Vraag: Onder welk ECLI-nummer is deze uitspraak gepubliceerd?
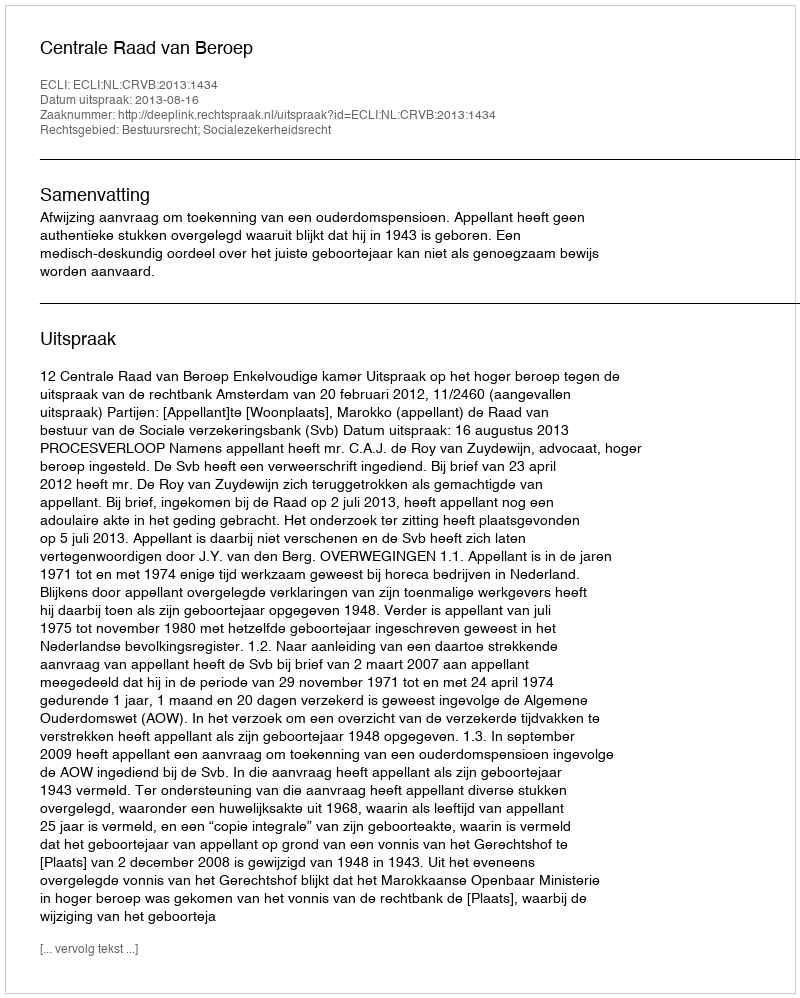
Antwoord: ECLI:NL:CRVB:2013:1434